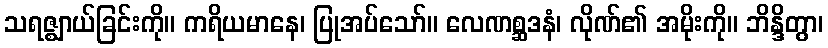
သရဇ္ဈာယ်ခြင်းကို။ ကရိယမာနေ၊ ပြုအပ်သော်။ လေဏစ္ဆဒနံ၊ လိုဏ်၏ အမိုးကို။ ဘိန္ဒိတွာ၊